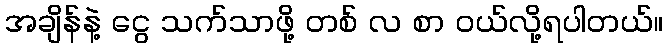
အချိန်နဲ့ ငွေ သက်သာဖို့ တစ် လ စာ ဝယ်လို့ရပါတယ်။